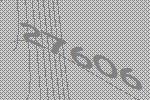
27606